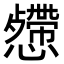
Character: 𢤅